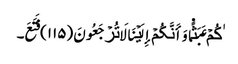
ٰکُمۡ عَبَثً۬ا وَأَنَّکُمۡ إِلَیۡنَا لَا تُرۡجَعُونَ (١١٥) فَتَعَ۔